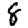
Digit: 8